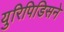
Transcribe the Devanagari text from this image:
युरिपिडिसने